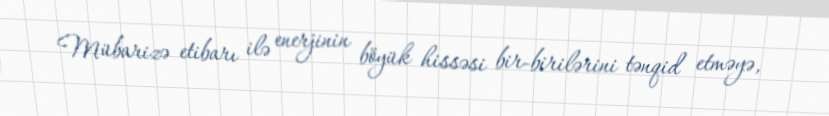
Mübarizə etibarı ilə enerjinin böyük hissəsi bir-birilərini tənqid etməyə,